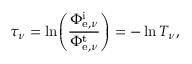
\tau _ { \nu } = \ln \! \left( { \frac { \Phi _ { \mathrm { e } , \nu } ^ { \mathrm { i } } } { \Phi _ { \mathrm { e } , \nu } ^ { \mathrm { t } } } } \right) = - \ln T _ { \nu } ,